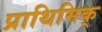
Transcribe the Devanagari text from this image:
प्राथिमिक्